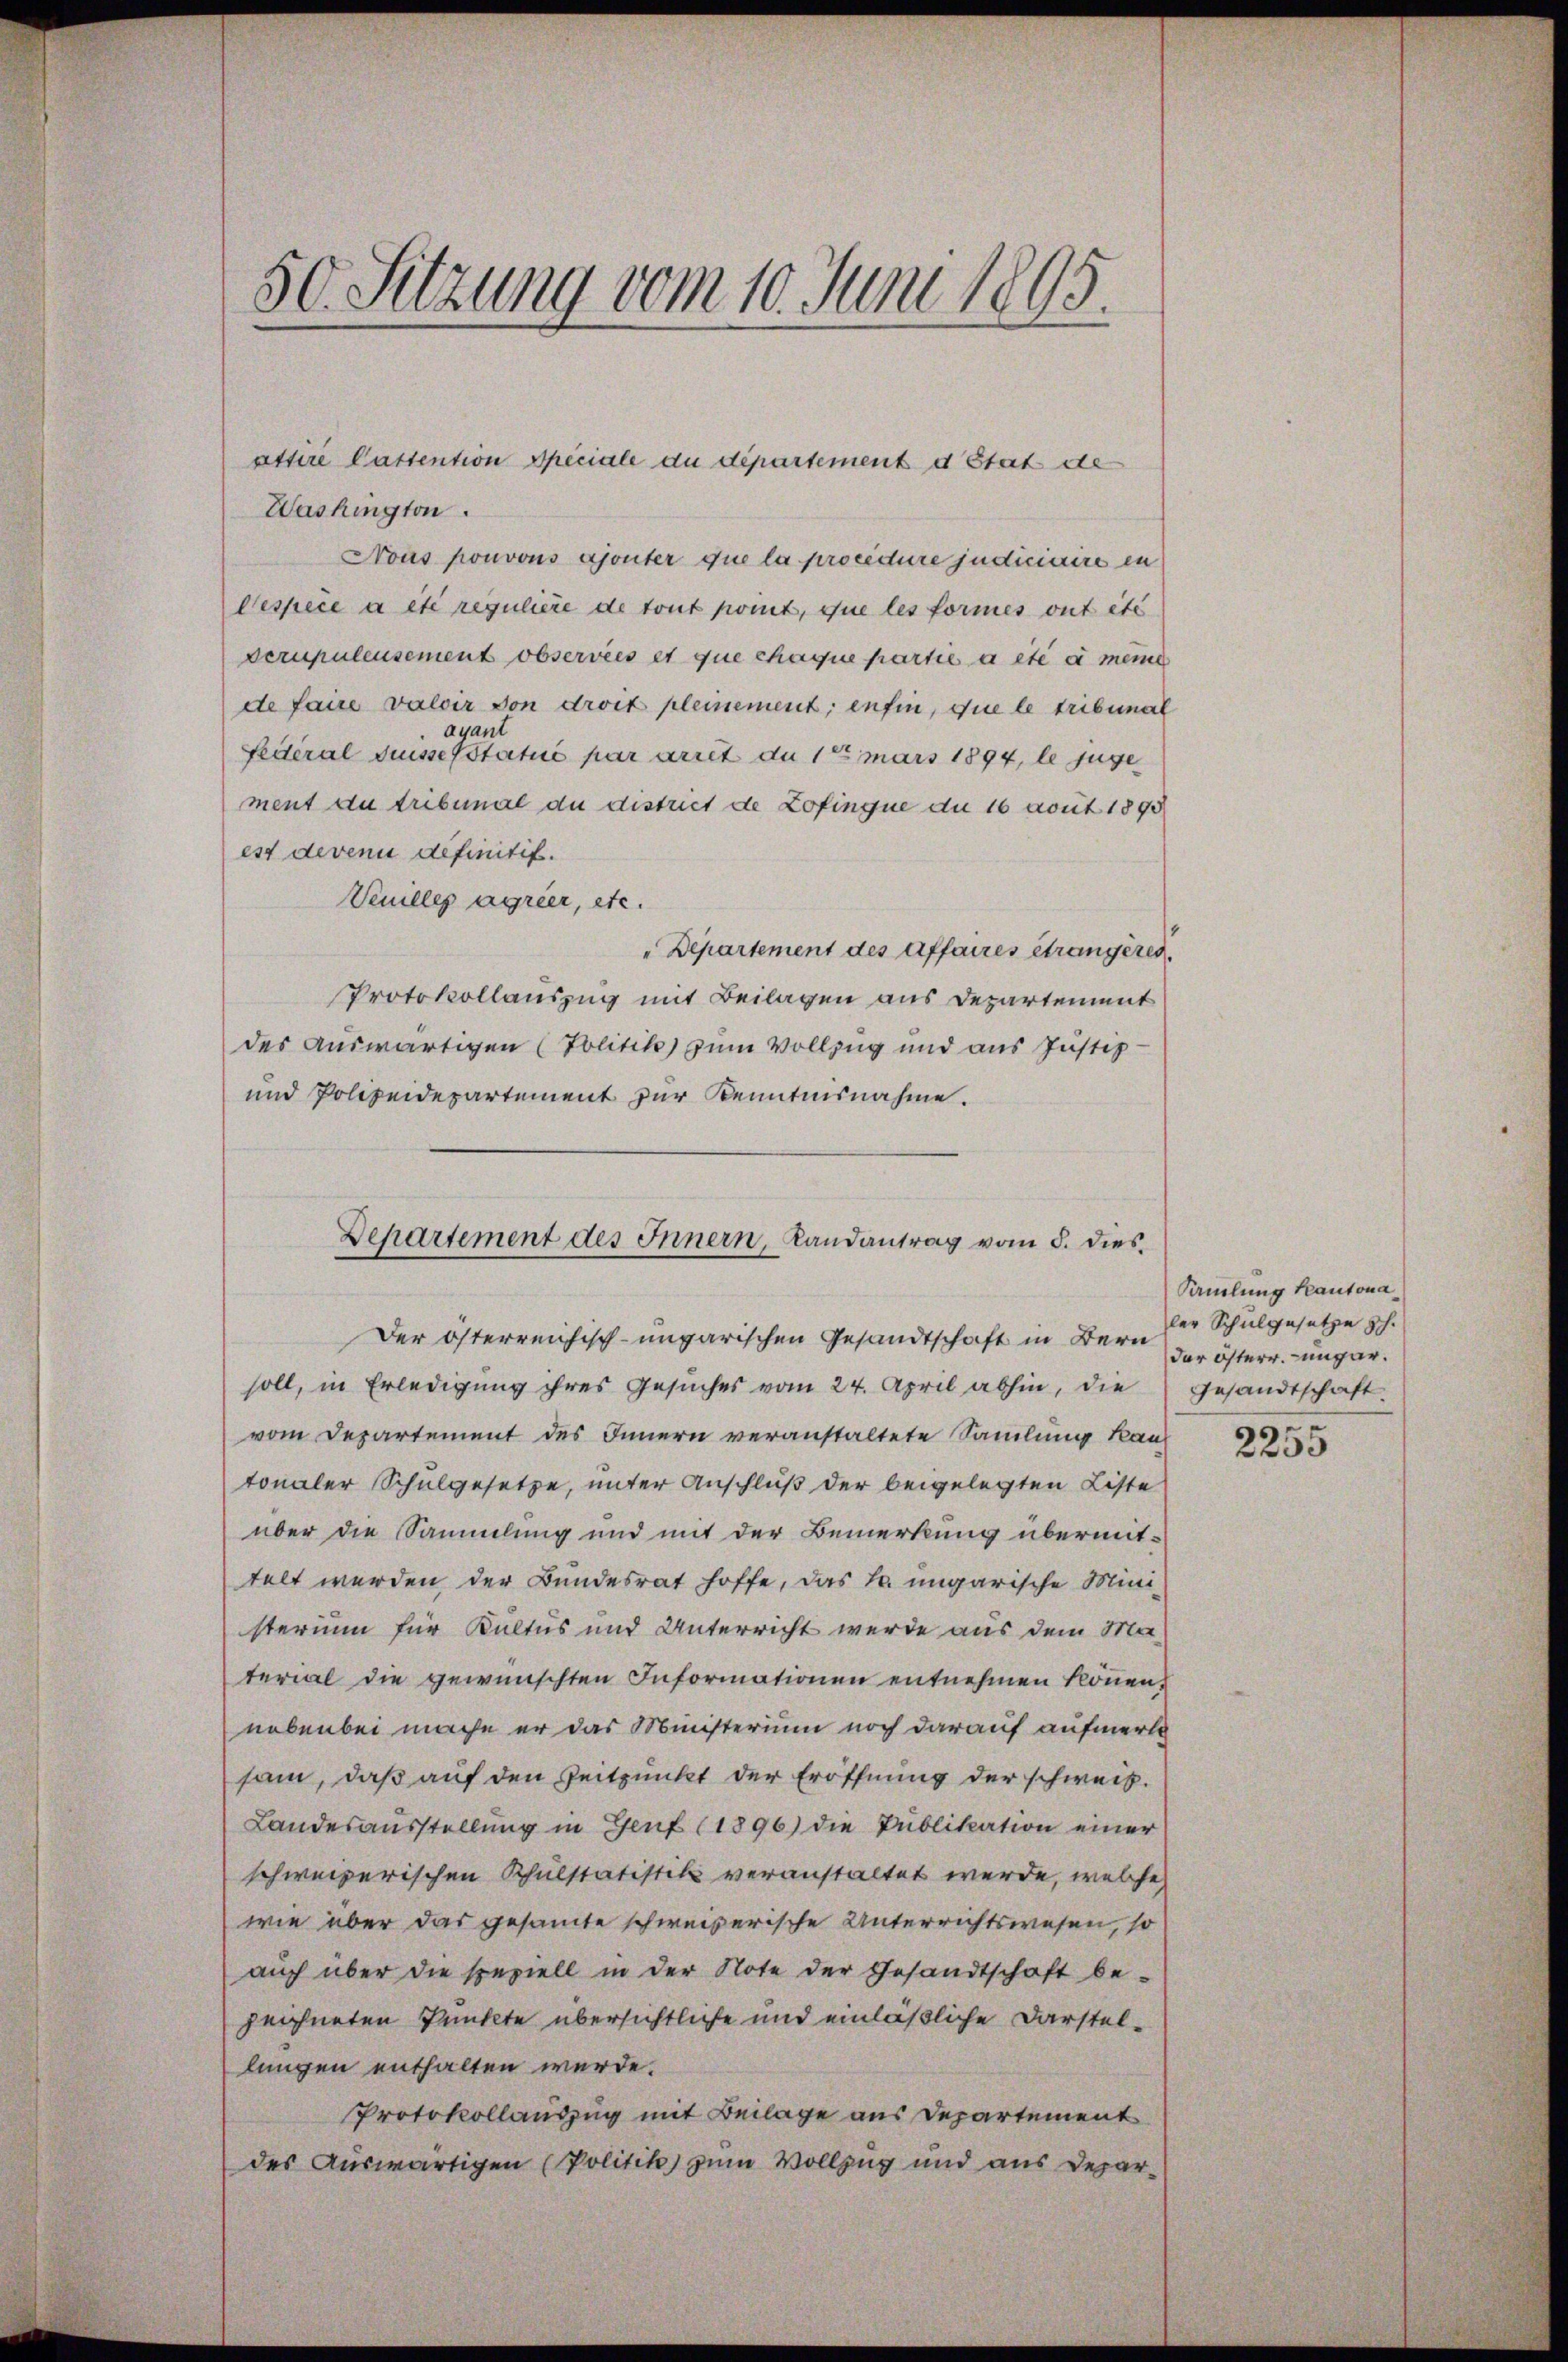
50. Sitzung vom 10. Juni 1805.

Washington.
Nous pouvous ajouter que la procedure judiciaire in
Cespece a été regulière de tout point, que les formes ont etc
scrupulensement observées et que chaque partie à etc e meine
de faire valoir von droit pleinement; enfin, die le tribunal
ayant
Federal Suisserstatué par arret du 1 mars 1894, le juge
ment du tribunal du district de Zofingne du 16 avut 1898
est devenu definitif.
Venilles agrier, etc.
"Departement des affaires étrangères
Protokollauszug mit Beilagen aus Departement
des auswärtigen (Politik zum Vollzug und aus Justiz-
und Polizeidepartement zur Kenntnisnahme.

attire Pastention speciale du département d Stat de

Departement des Innern, Landantrag vom 5. dies¬
Der österreichisch-ungarischen Gesandtschaft in Bern

soll, in Erledigung ihres Gesŭches vom 24. April abhin, die Gesandtschaft
vom Departement des Innern veranstaltete Sammlung kann
tonaler Schulgesetze, unter Anschluß der beigelegten Liste
über die Sammlung und mit der Bemerkung übermittelt werden der Bundesrat hoffe, das k. ungarische Mini-
sterium für Kultus und Unterricht werde aus dem Ma-
terial die gewünschten Informationen entnehmen können,
nebenbei mache er das Ministerium noch darauf aufmerk
sam, daß auf den Zeitpunkt der Eröffnung der schweiz.
Landesausstellung in Genf (1896) die Publikation einer
schweizerischen Schulstatistik veranstaltet werde, welche
wie über das gesamte schweizerische Unterrichtswesen, so
auch über die speziell in der Note der Gesandtschaft be-
zeichneten Punkte übersichtliche und einläßliche Darstellungen enthalten werde.
Protokollauszug mit Beilage aus Departement
des Auswärtigen (Politik zum Vollzug und aus Depar¬

Samlung Kantona
ler Schulgesetze sch
der österr. ungar.

2255